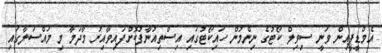
އެމްޑީޕީއިން ވަނީ ސިވިލް ކޯޓުގެ ނިންމުން ހައިކޯޓުގައި އިސްތިއުނާފުކޮށްފައިވާއިރު މާދަމާ މި މައްސަލާގައި